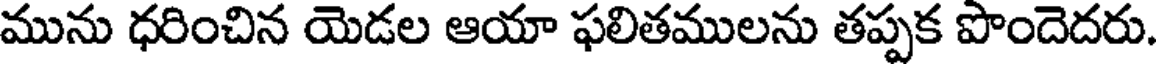
మును ధరించిన యెడల ఆయా ఫలితములను తప్పక పొందెదరు.